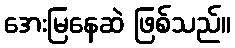
အေးမြနေဆဲ ဖြစ်သည်။